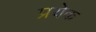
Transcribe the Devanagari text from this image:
प्रयेक